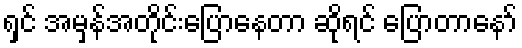
ရှင် အမှန်အတိုင်းပြောနေတာ ဆိုရင် ပြောတာနော်